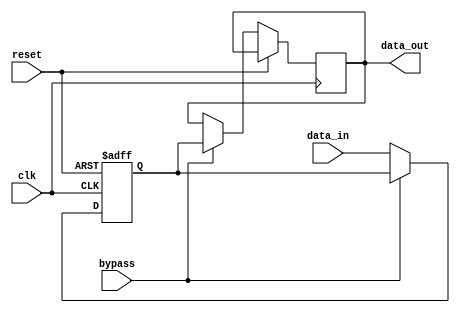
module simple_bypass_register (
    input  wire         clk,
    input  wire         reset,
    input  wire         bypass,
    input  wire  [31:0] data_in,
    output reg   [31:0] data_out
);

reg [31:0] register;

always @(posedge clk or posedge reset) begin
    if (reset) begin
        register <= 32'b0;
    end else if (bypass) begin
        data_out <= register;
    end else begin
        register <= data_in;
    end
end

endmodule